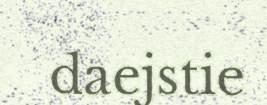
daejstie